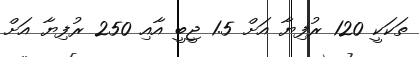
ތަކަކީ 120 ރުފިޔާ އަށް 1.5 ޖީބީ އާއި 250 ރުފިޔާ އަށް